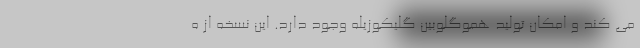
می کند و امکان تولید هموگلوبین گلیکوزیله وجود دارد. این نسخه از ه